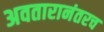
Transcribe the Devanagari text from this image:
अवतारानंतरच